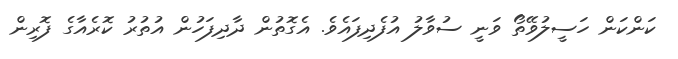
ކަންކަން ހަސީލުވޭތޯ ވަނީ ސުވާލު އުފެދިފައެވެ. އެގޮތުން ދާދިފަހުން އުތުރު ކޮރެއާގެ ފޮރިން